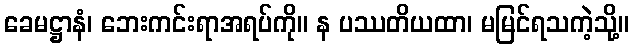
ခေမဋ္ဌာနံ၊ ဘေးကင်းရာအရပ်ကို။ န ပဿတိယထာ၊ မမြင်ရသကဲ့သို့။